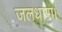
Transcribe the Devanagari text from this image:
जलधारा।